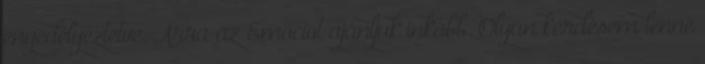
engedélyeztetve. Arra az Emociot ajánljuk inkább. Olyan kérdésem lenne